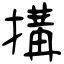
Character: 搆